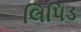
લિપિડ